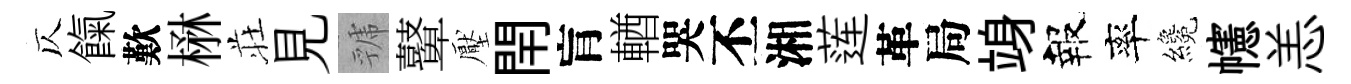
仄餼歎楙荘見虢鼙壓閈肓輶哭丕湘莲革局竧報率纔幰恙